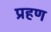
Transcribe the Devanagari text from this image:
प्रहण